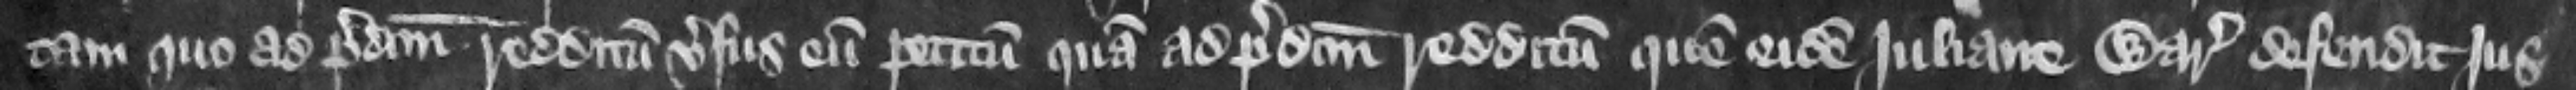
tam quo ad predictum. redditum versus eum petitum quam ad predictum redditum quem eidem Juliane Warantizat defendit jus